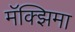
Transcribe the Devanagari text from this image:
मॅक्झिमा